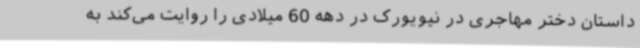
داستان دختر مهاجری در نیویورک در دهه 60 میلادی را روایت می‌کند به